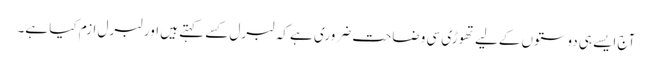
آج ایسے ہی دوستوں کےلیے تھوڑی سی وضاحت ضروری ہے کہ لبرل کسے کہتے ہیں اور لبرل ازم کیا ہے۔